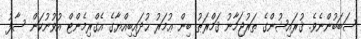
ސަބަބުންނެވެ. ޤުރައިޝުންގެ ތަރުޖަމާނު ޤަމްރަޠު ބިން ޢުމަރު ޙުދައިބިއްޔާގެ އެގްރިމެންޓް އުވުނުކަން ސާފު